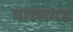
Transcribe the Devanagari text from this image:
पारसगड